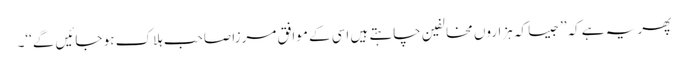
پھر یہ ہے کہ’’جیسا کہ ہزاروں مخالفین چاہتے ہیں اسی کے موافق مرزا صاحب ہلاک ہو جائیں گے‘‘۔